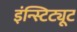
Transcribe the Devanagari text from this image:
इंन्स्टिट्यूट